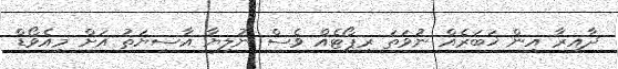
ދާއިރާ އިން ޚަބަރެއް ނުވަތަ ރިޕޯޓެއް ވެސް ނުލިޔާ އާސިޔަތު އަށް މިއެވޯޑް